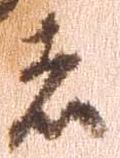
者